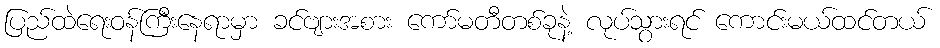
ပြည်ထဲရေးဝန်ကြီးနေရာမှာ ခင်ဗျားအစား ကော်မတီတစ်ခုနဲ့ လုပ်သွားရင် ကောင်းမယ်ထင်တယ်